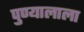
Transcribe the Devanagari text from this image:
पुण्यालाला